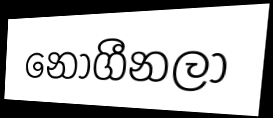
නොගීනලා